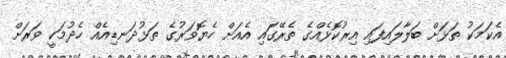
އެކަމަކު ތަޅަށް ބަލާލައިފައި އިރުކޮޅެއްގެ ތެރޭގައި އެއަށް ހެޔޮވަރުގެ ތަޅުދަނޑިއެއް ހެދުމަކީ ވަރަށް